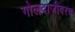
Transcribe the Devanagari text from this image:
गोलदाजीवरच